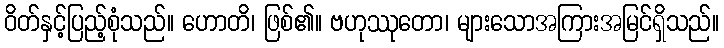
ဝိတ်နှင့်ပြည့်စုံသည်။ ဟောတိ၊ ဖြစ်၏။ ဗဟုဿုတော၊ များသောအကြားအမြင်ရှိသည်။